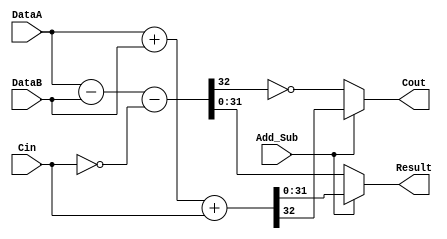
module lm32_addsub (
    // ----- Inputs -------
    DataA, 
    DataB, 
    Cin, 
    Add_Sub, 
    // ----- Outputs -------
    Result, 
    Cout
    );

/////////////////////////////////////////////////////
// Inputs
/////////////////////////////////////////////////////

input [31:0] DataA;
input [31:0] DataB;
input Cin;
input Add_Sub;

/////////////////////////////////////////////////////
// Outputs
/////////////////////////////////////////////////////

output [31:0] Result;
wire   [31:0] Result;
output Cout;
wire   Cout;

/////////////////////////////////////////////////////
// Instantiations
///////////////////////////////////////////////////// 

// Modified for Milkymist: removed non-portable instantiated block
	     wire [32:0] tmp_addResult = DataA + DataB + Cin;
	     wire [32:0] tmp_subResult = DataA - DataB - !Cin;   
   
	     assign  Result = (Add_Sub == 1) ? tmp_addResult[31:0] : tmp_subResult[31:0];
	     assign  Cout = (Add_Sub == 1) ? tmp_addResult[32] : !tmp_subResult[32];

endmodule